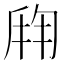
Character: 𬼍